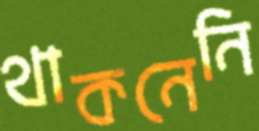
থাকনেনি